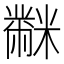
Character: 𪓋